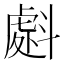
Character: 𭤜